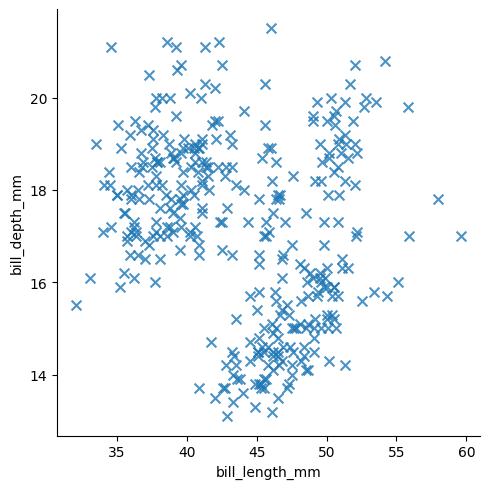
python, seaborn, lmplot, aspect=1.0, order=1, markers='x'